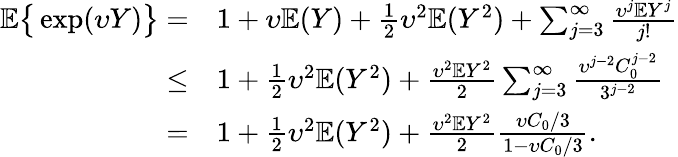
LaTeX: \begin{array}{rl}{\mathbb{E}\big\{ \exp(\upsilon Y)\big\} =}&{1+\upsilon\mathbb{E}(Y)+\frac{1}{2}\upsilon^{2}\mathbb{E}(Y^{2})+\sum_{j=3}^{\infty}\frac{\upsilon^{j}\mathbb{E}Y^{j}}{j!}}\\ {\le}&{1+\frac{1}{2}\upsilon^{2}\mathbb{E}(Y^{2})+\frac{\upsilon^{2}\mathbb{E}Y^{2}}{2}\sum_{j=3}^{\infty}\frac{\upsilon^{j-2}C_{0}^{j-2}}{3^{j-2}}}\\ {=}&{1+\frac{1}{2}\upsilon^{2}\mathbb{E}(Y^{2})+\frac{\upsilon^{2}\mathbb{E}Y^{2}}{2}\frac{\upsilon C_{0}/3}{1-\upsilon C_{0}/3}.}\end{array}